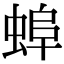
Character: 𧌓